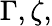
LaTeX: \Gamma,\zeta,